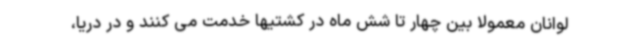
لوانان معمولا بین چهار تا شش ماه در کشتیها خدمت می کنند و در دریا،